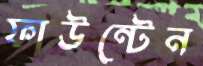
ফাউন্টেন